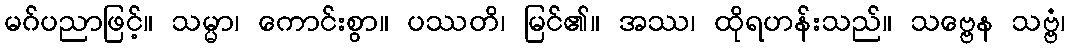
မဂ်ပညာဖြင့်။ သမ္မာ၊ ကောင်းစွာ။ ပဿတိ၊ မြင်၏။ အဿ၊ ထိုရဟန်းသည်။ သဗ္ဗေန သဗ္ဗံ၊